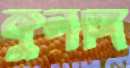
কুলঙ্গি